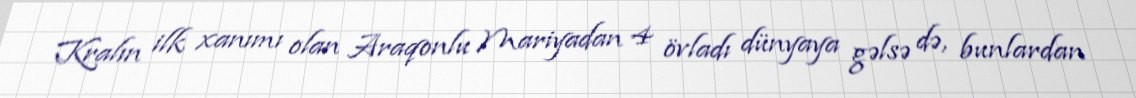
Kralın ilk xanımı olan Araqonlu Mariyadan 4 övladı dünyaya gəlsə də, bunlardan